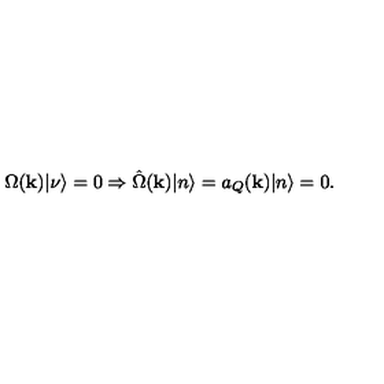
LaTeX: \Omega ( { \bf k } ) | \nu \rangle = 0 \Rightarrow \hat { \Omega } ( { \bf k } ) | n \rangle = a _ { Q } ( { \bf k } ) | n \rangle = 0 .